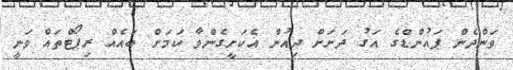
ވަންދެން ޕައުންޑްގެ އަގު ދަށަށް ދިއުން އެކަށީގެންވާ ކަމަށް ބައެއް ރިޕޯޓްތައް ވަނީ